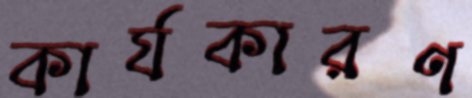
কার্যকারণ